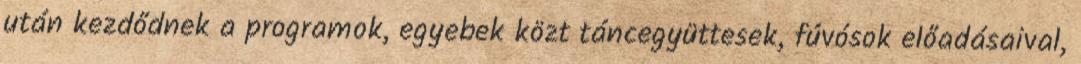
után kezdődnek a programok, egyebek közt táncegyüttesek, fúvósok előadásaival,